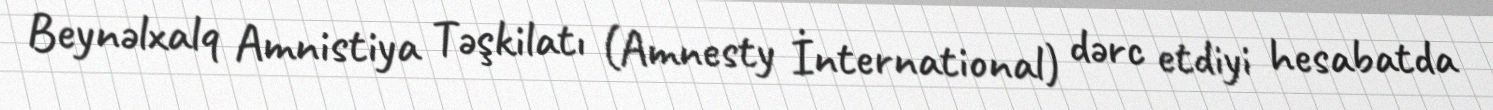
Beynəlxalq Amnistiya Təşkilatı (Amnesty İnternational) dərc etdiyi hesabatda